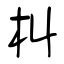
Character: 朻